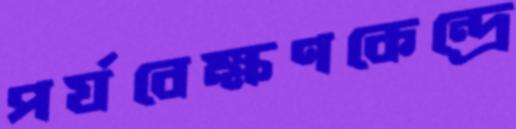
পর্যবেক্ষণকেন্দ্রে